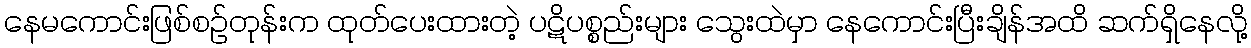
နေမကောင်းဖြစ်စဉ်တုန်းက ထုတ်ပေးထားတဲ့ ပဋိပစ္စည်းများ သွေးထဲမှာ နေကောင်းပြီးချိန်အထိ ဆက်ရှိနေလို့